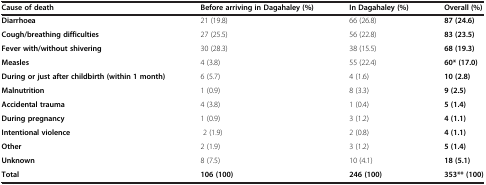
<table><thead><tr><td><b>Cause of death</b></td><td><b>Before arriving in Dagahaley (%)</b></td><td><b>In Dagahaley (%)</b></td><td><b>Overall (%)</b></td></tr></thead><tbody><tr><td><b>Diarrhoea</b></td><td>21 (19.8)</td><td>66 (26.8)</td><td><b>87 (24.6)</b></td></tr><tr><td><b>Cough/breathing difficulties</b></td><td>27 (25.5)</td><td>56 (22.8)</td><td><b>83 (23.5)</b></td></tr><tr><td><b>Fever with/without shivering</b></td><td>30 (28.3)</td><td>38 (15.5)</td><td><b>68 (19.3)</b></td></tr><tr><td><b>Measles</b></td><td>4 (3.8)</td><td>55 (22.4)</td><td><b>60* (17.0)</b></td></tr><tr><td><b>During or just after childbirth (within 1 month)</b></td><td>6 (5.7)</td><td>4 (1.6)</td><td><b>10 (2.8)</b></td></tr><tr><td><b>Malnutrition</b></td><td>1 (0.9)</td><td>8 (3.3)</td><td><b>9 (2.5)</b></td></tr><tr><td><b>Accidental trauma</b></td><td>4 (3.8)</td><td>1 (0.4)</td><td><b>5 (1.4)</b></td></tr><tr><td><b>During pregnancy</b></td><td>1 (0.9)</td><td>3 (1.2)</td><td><b>4 (1.1)</b></td></tr><tr><td><b>Intentional violence</b></td><td> 2 (1.9)</td><td>2 (0.8)</td><td><b>4 (1.1)</b></td></tr><tr><td><b>Other</b></td><td>2 (1.9)</td><td>3 (1.2)</td><td><b>5 (1.4)</b></td></tr><tr><td><b>Unknown</b></td><td>8 (7.5)</td><td>10 (4.1)</td><td><b>18 (5.1)</b></td></tr><tr><td><b>Total</b></td><td><b>106 (100)</b></td><td><b>246 (100)</b></td><td><b>353** (100)</b></td></tr></tbody></table>